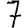
Digit: 7